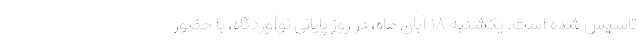
تأسیس شده است. یکشنبه ۱۸ آبان ماه، در روز پایانی نوآوردگاه، با حضور